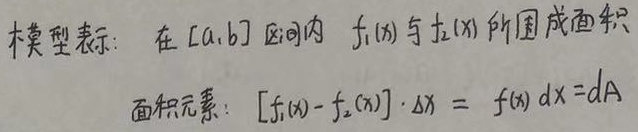
模型表示：在\([a,b]\)区间内\(f_1(x)\)与\(f_2(x)\)所围成面积。
面积元素：\(\left[f_1(x)-f_2(x)\right]\cdot \Delta x = f(x)dx=dA\)